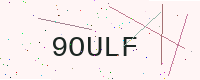
Text: 9OULF